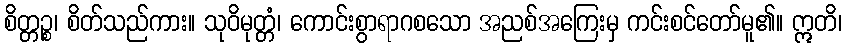
စိတ္တဉ္စ၊ စိတ်သည်ကား။ သုဝိမုတ္တံ၊ ကောင်းစွာရာဂစသော အညစ်အကြေးမှ ကင်းစင်တော်မူ၏။ ဣတိ၊